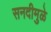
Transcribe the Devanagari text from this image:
सनदीमुळे